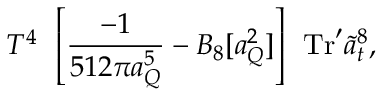
T ^ { 4 } \: \: \left[ \frac { - 1 } { 5 1 2 \pi a _ { Q } ^ { 5 } } - { \cal B } _ { 8 } [ a _ { Q } ^ { 2 } ] \right] \: \: \mathrm { T r } ^ { \prime } \tilde { a } _ { t } ^ { 8 } ,